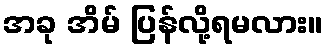
အခု အိမ် ပြန်လို့ရမလား။